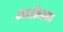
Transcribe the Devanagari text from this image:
आलोचाना